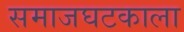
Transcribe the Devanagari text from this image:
समाजघटकाला